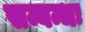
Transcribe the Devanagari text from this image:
सम्बन्धः